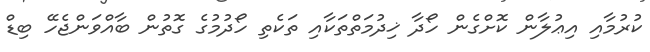
ކުރުމާއި އިޢުލާން ކޮށްގެން ހޯދާ ޚިދުމަތްތަކާއި ތަކެތި ހޯދުމުގެ ގޮތުން ބާއްވަންޖެހޭ ބިޑް